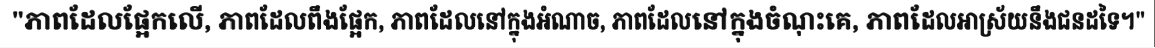
"ភាពដែលផ្អែកលើ, ភាពដែលពឹងផ្អែក, ភាពដែលនៅក្នុងអំណាច, ភាពដែលនៅក្នុងចំណុះគេ, ភាពដែលអាស្រ័យនឹងជនដទៃ។"